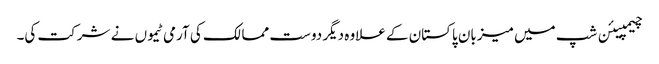
چیمپیئن شپ میں میزبان پاکستان کے علاوہ دیگر دوست ممالک کی آرمی ٹیموں نے شرکت کی۔